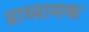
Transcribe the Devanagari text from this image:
प्राध्यामक